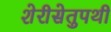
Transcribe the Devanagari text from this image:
शेरीसेतुपथी